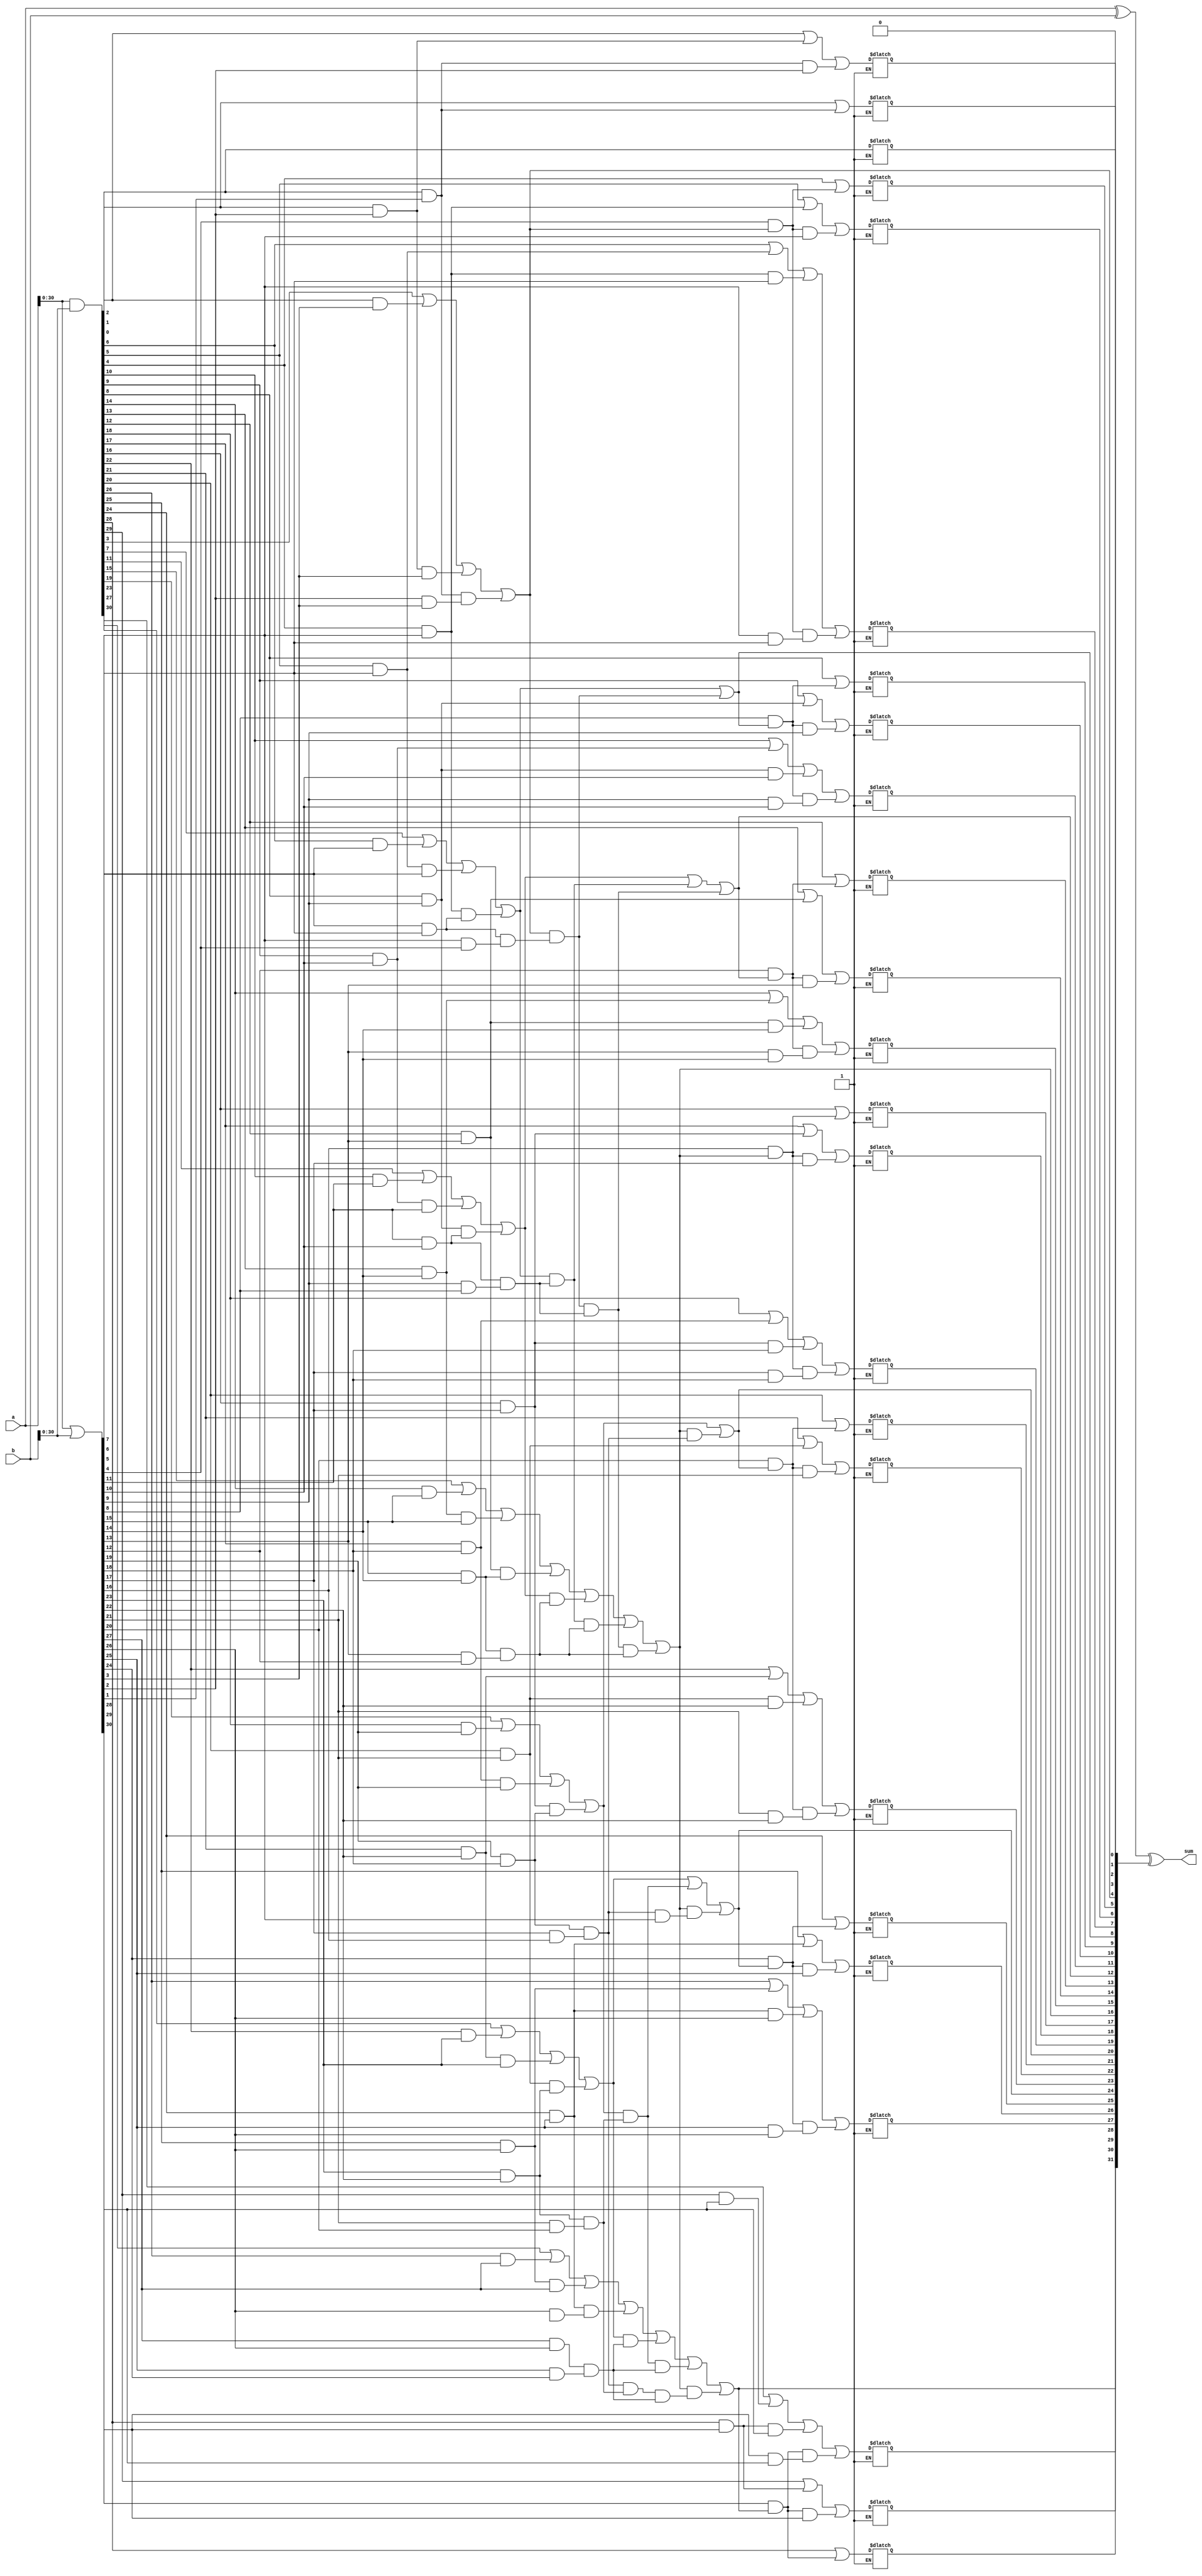
module Add (a, b, sum);
    input wire[31:0] a;
    input wire[31:0] b;
    output reg[31:0] sum;
    reg[31:0] c;
    wire [31:0] p, g;
    assign p = a | b;
    assign g = a & b;
    wire [7:0] P,G;
    assign P[0] = (p[3] & p[2]) & (p[1] & p[0]);
    assign P[1] = (p[7] & p[6]) & (p[5] & p[4]);
    assign P[2] = (p[11] & p[10]) & (p[9] & p[8]);
    assign P[3] = (p[15] & p[14]) & (p[13] & p[12]);
    assign P[4] = (p[19] & p[18]) & (p[17] & p[16]);
    assign P[5] = (p[23] & p[22]) & (p[21] & p[20]);
    assign P[6] = (p[27] & p[26]) & (p[25] & p[24]);
    assign P[7] = (p[31] & p[30]) & (p[29] & p[28]);

    assign G[0] = ((g[3] | (g[2] & p[3])) | (g[1] & p[2] & p[3])) | ((g[0] & p[1]) & (p[2] & p[3]));
    assign G[1] = ((g[7] | (g[6] & p[7])) | (g[5] & p[6] & p[7])) | ((g[4] & p[5]) & (p[6] & p[7]));
    assign G[2] = ((g[11] | (g[10] & p[11])) | (g[9] & p[10] & p[11])) | ((g[8] & p[9]) & (p[10] & p[11]));
    assign G[3] = ((g[15] | (g[14] & p[15])) | (g[13] & p[14] & p[15])) | ((g[12] & p[13]) & (p[14] & p[15]));
    assign G[4] = ((g[19] | (g[18] & p[19])) | (g[17] & p[18] & p[19])) | ((g[16] & p[17]) & (p[18] & p[19]));
    assign G[5] = ((g[23] | (g[22] & p[23])) | (g[21] & p[22] & p[23])) | ((g[20] & p[21]) & (p[22] & p[23]));    
    assign G[6] = ((g[27] | (g[26] & p[27])) | (g[25] & p[26] & p[27])) | ((g[24] & p[25]) & (p[26] & p[40]));
    assign G[7] = ((g[31] | (g[30] & p[31])) | (g[29] & p[30] & p[31])) | ((g[28] & p[29]) & (p[30] & p[31])); 
    wire [7:0] in;
    assign in[0] = 0;
    assign in[1] = G[0];
    assign in[2] = G[1] | (G[0] & P[1]);
    assign in[3] = (G[2] | (G[1] & P[2])) | (G[0] & P[1] & P[2]);
    assign in[4] = ((G[3] | (G[2] & P[3])) | (G[1] & P[2] & P[3])) | (G[0] & P[1] & P[2] & P[3]);
    assign in[5] = G[4] | (in[4] & P[4]);
    assign in[6] = (G[5] | (G[4] & P[5])) | (in[4] & (P[4] & p[5]));
    assign in[7] = ((G[6] | (G[5] & P[6])) | (G[4] & P[5] & P[6])) | (in[4] & (P[4]&P[5]&P[6]));
    integer i, j;
    always @(*) begin
        for (i = 0;i < 8; i = i + 1) begin
            j = i * 4;
            c[j] <= in[i];
            c[j+1] <= g[j] | (p[j] & in[i]);
            c[j+2] <= (g[j+1] | (g[j] & p[j+1])) | (in[i] & p[j] & p[j+1]);
            c[j+3] <= ((g[j+2] | (g[j+1] & p[j+2])) | (g[j] & p[j+1] & p[j+2])) | ((in[i] & p[j]) & (p[j+1] & p[j+2]));
        end
        sum = a ^ b ^ c;
    end 
endmodule